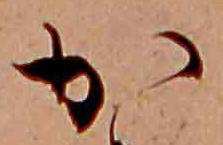
か